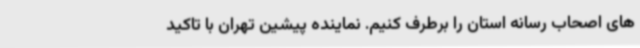
های اصحاب رسانه استان را برطرف کنیم. نماینده پیشین تهران با تاکید